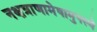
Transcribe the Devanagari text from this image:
नक्षत्राणामेषामुपस्थे